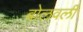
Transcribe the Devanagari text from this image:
बोलवली